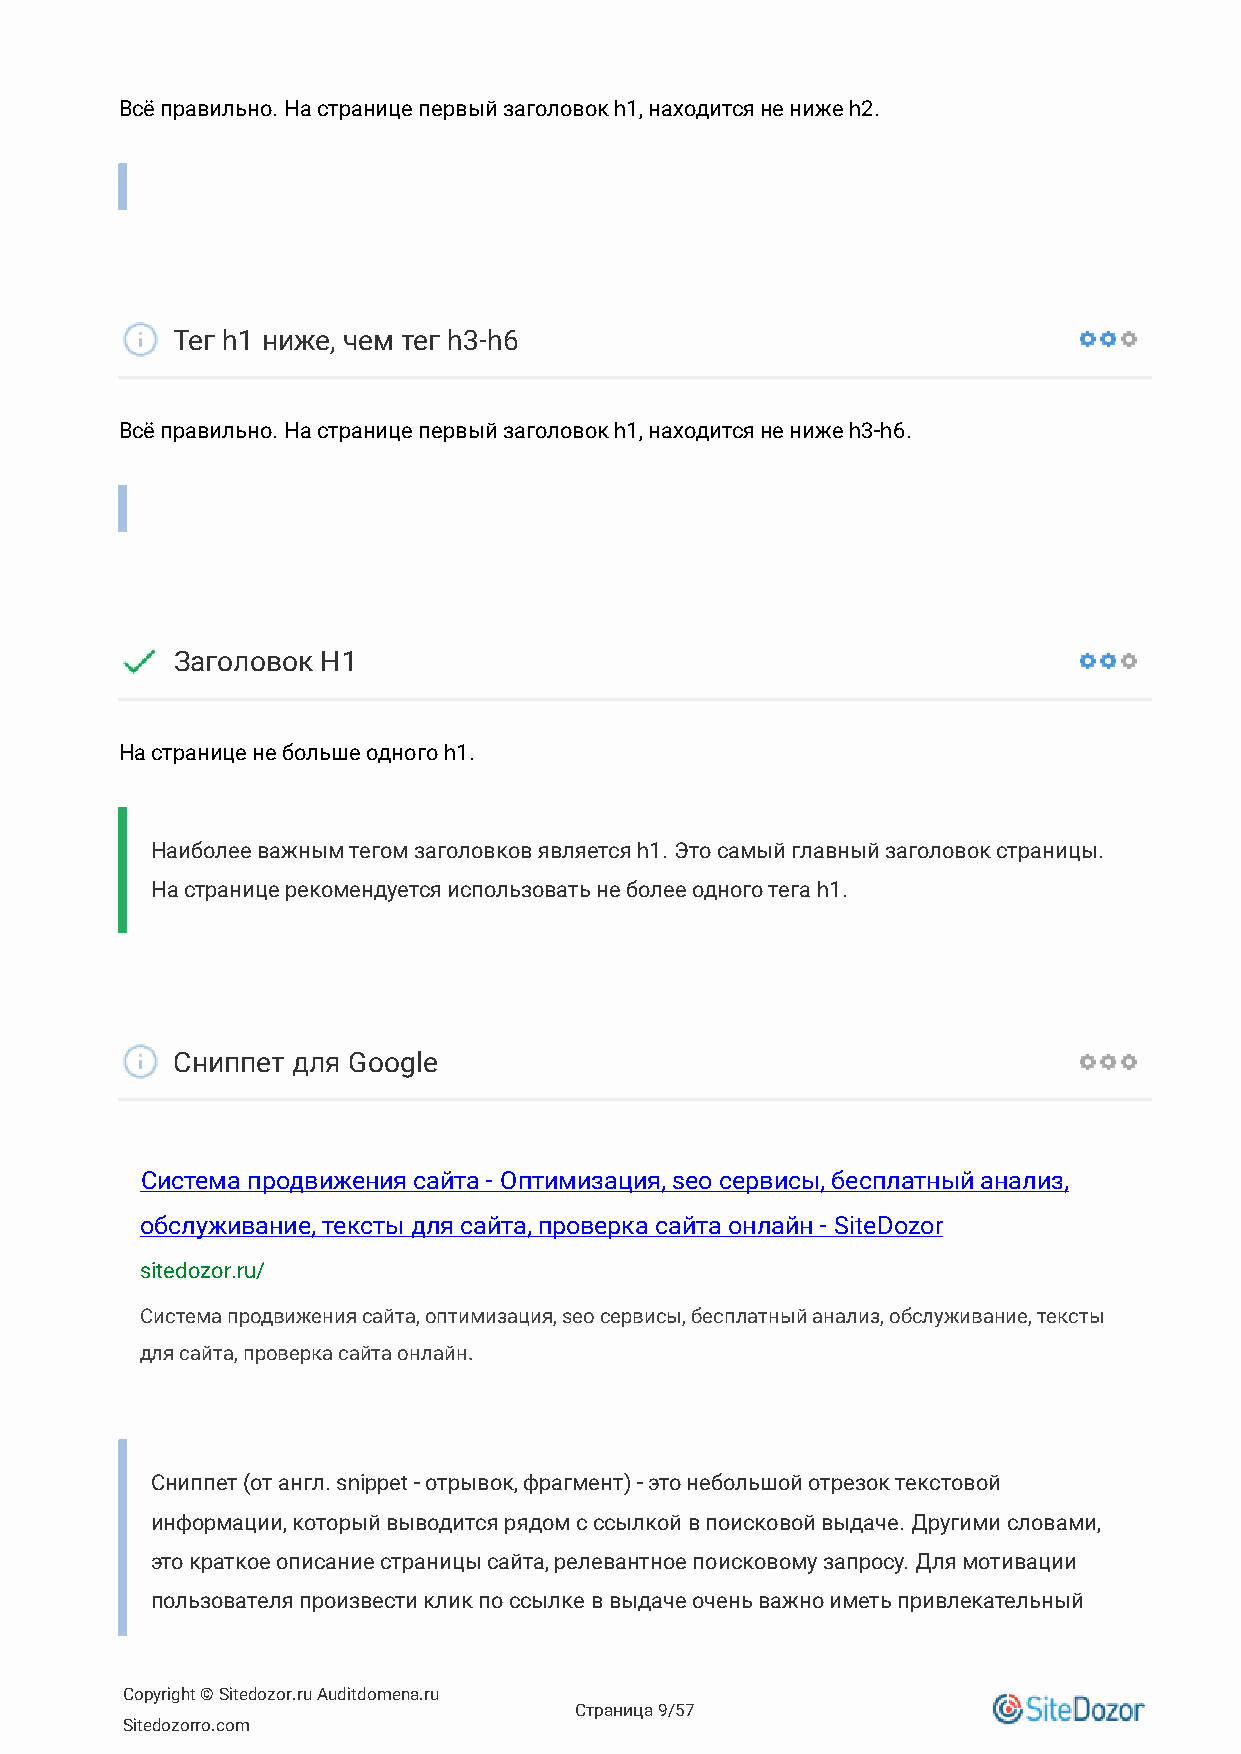
Всё правильно. На странице первый заголовок h1, находится не ниже h2.
 Тег h1 ниже, чем тег h3-h6
 Всё правильно. На странице первый заголовок h1, находится не ниже h3-h6.
 Заголовок H1
 На странице не больше одного h1.
 Наиболее важным тегом заголовков является h1. Это самый главный заголовок страницы.
 На странице рекомендуется использовать не более одного тега h1.
 Сниппет для Googlе
 Система продвижения сайта - Оптимизация, seo сервисы, бесплатный анализ,
 обслуживание, тексты для сайта, проверка сайта онлайн - SiteDozor
 sitedozor.ru/
 Система продвижения сайта, оптимизация, seo сервисы, бесплатный анализ, обслуживание, тексты
 для сайта, проверка сайта онлайн.
 Сниппет (от англ. snippet - отрывок, фрагмент) - это небольшой отрезок текстовой
 информации, который выводится рядом с ссылкой в поисковой выдаче. Другими словами,
 это краткое описание страницы сайта, релевантное поисковому запросу. Для мотивации
 пользователя произвести клик по ссылке в выдаче очень важно иметь привлекательный
 Copyright © Sitedozor.ru Auditdomena.ru
 Страница 9/57
 Sitedozorro.com